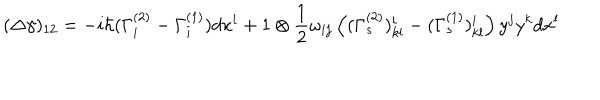
LaTeX: ( \Delta \gamma ) _ { 1 2 } = - i \hbar ( \Gamma _ { i } ^ { ( 2 ) } - \Gamma _ { i } ^ { ( 1 ) } ) d x ^ { i } + 1 \otimes \frac { 1 } { 2 } \omega _ { i j } \left( ( \Gamma _ { s } ^ { ( 2 ) } ) _ { k l } ^ { i } - ( \Gamma _ { s } ^ { ( 1 ) } ) _ { k l } ^ { i } \right) y ^ { j } y ^ { k } d x ^ { l }